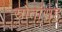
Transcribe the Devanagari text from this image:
स्रोतांसह